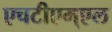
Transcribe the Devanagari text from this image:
एचटीएम्एल